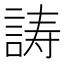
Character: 𬢪